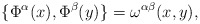
\begin{align*}\{\Phi^\alpha(x), \Phi^\beta(y)\}= \omega^{\alpha\beta}(x,y),\end{align*}